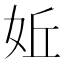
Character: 㚱